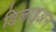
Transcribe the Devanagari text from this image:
डिजाइअन